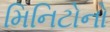
મિનિટોનો